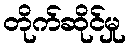
တိုက်ဆိုင်မှု